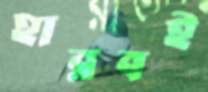
হারবই